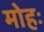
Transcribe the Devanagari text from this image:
मोहः